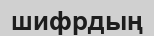
шифрдың